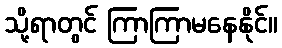
သို့ရာတွင် ကြာကြာမနေနိုင်။